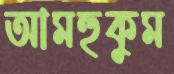
আমহুকুম